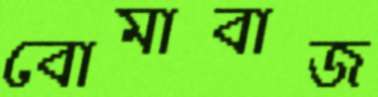
বোমাবাজ